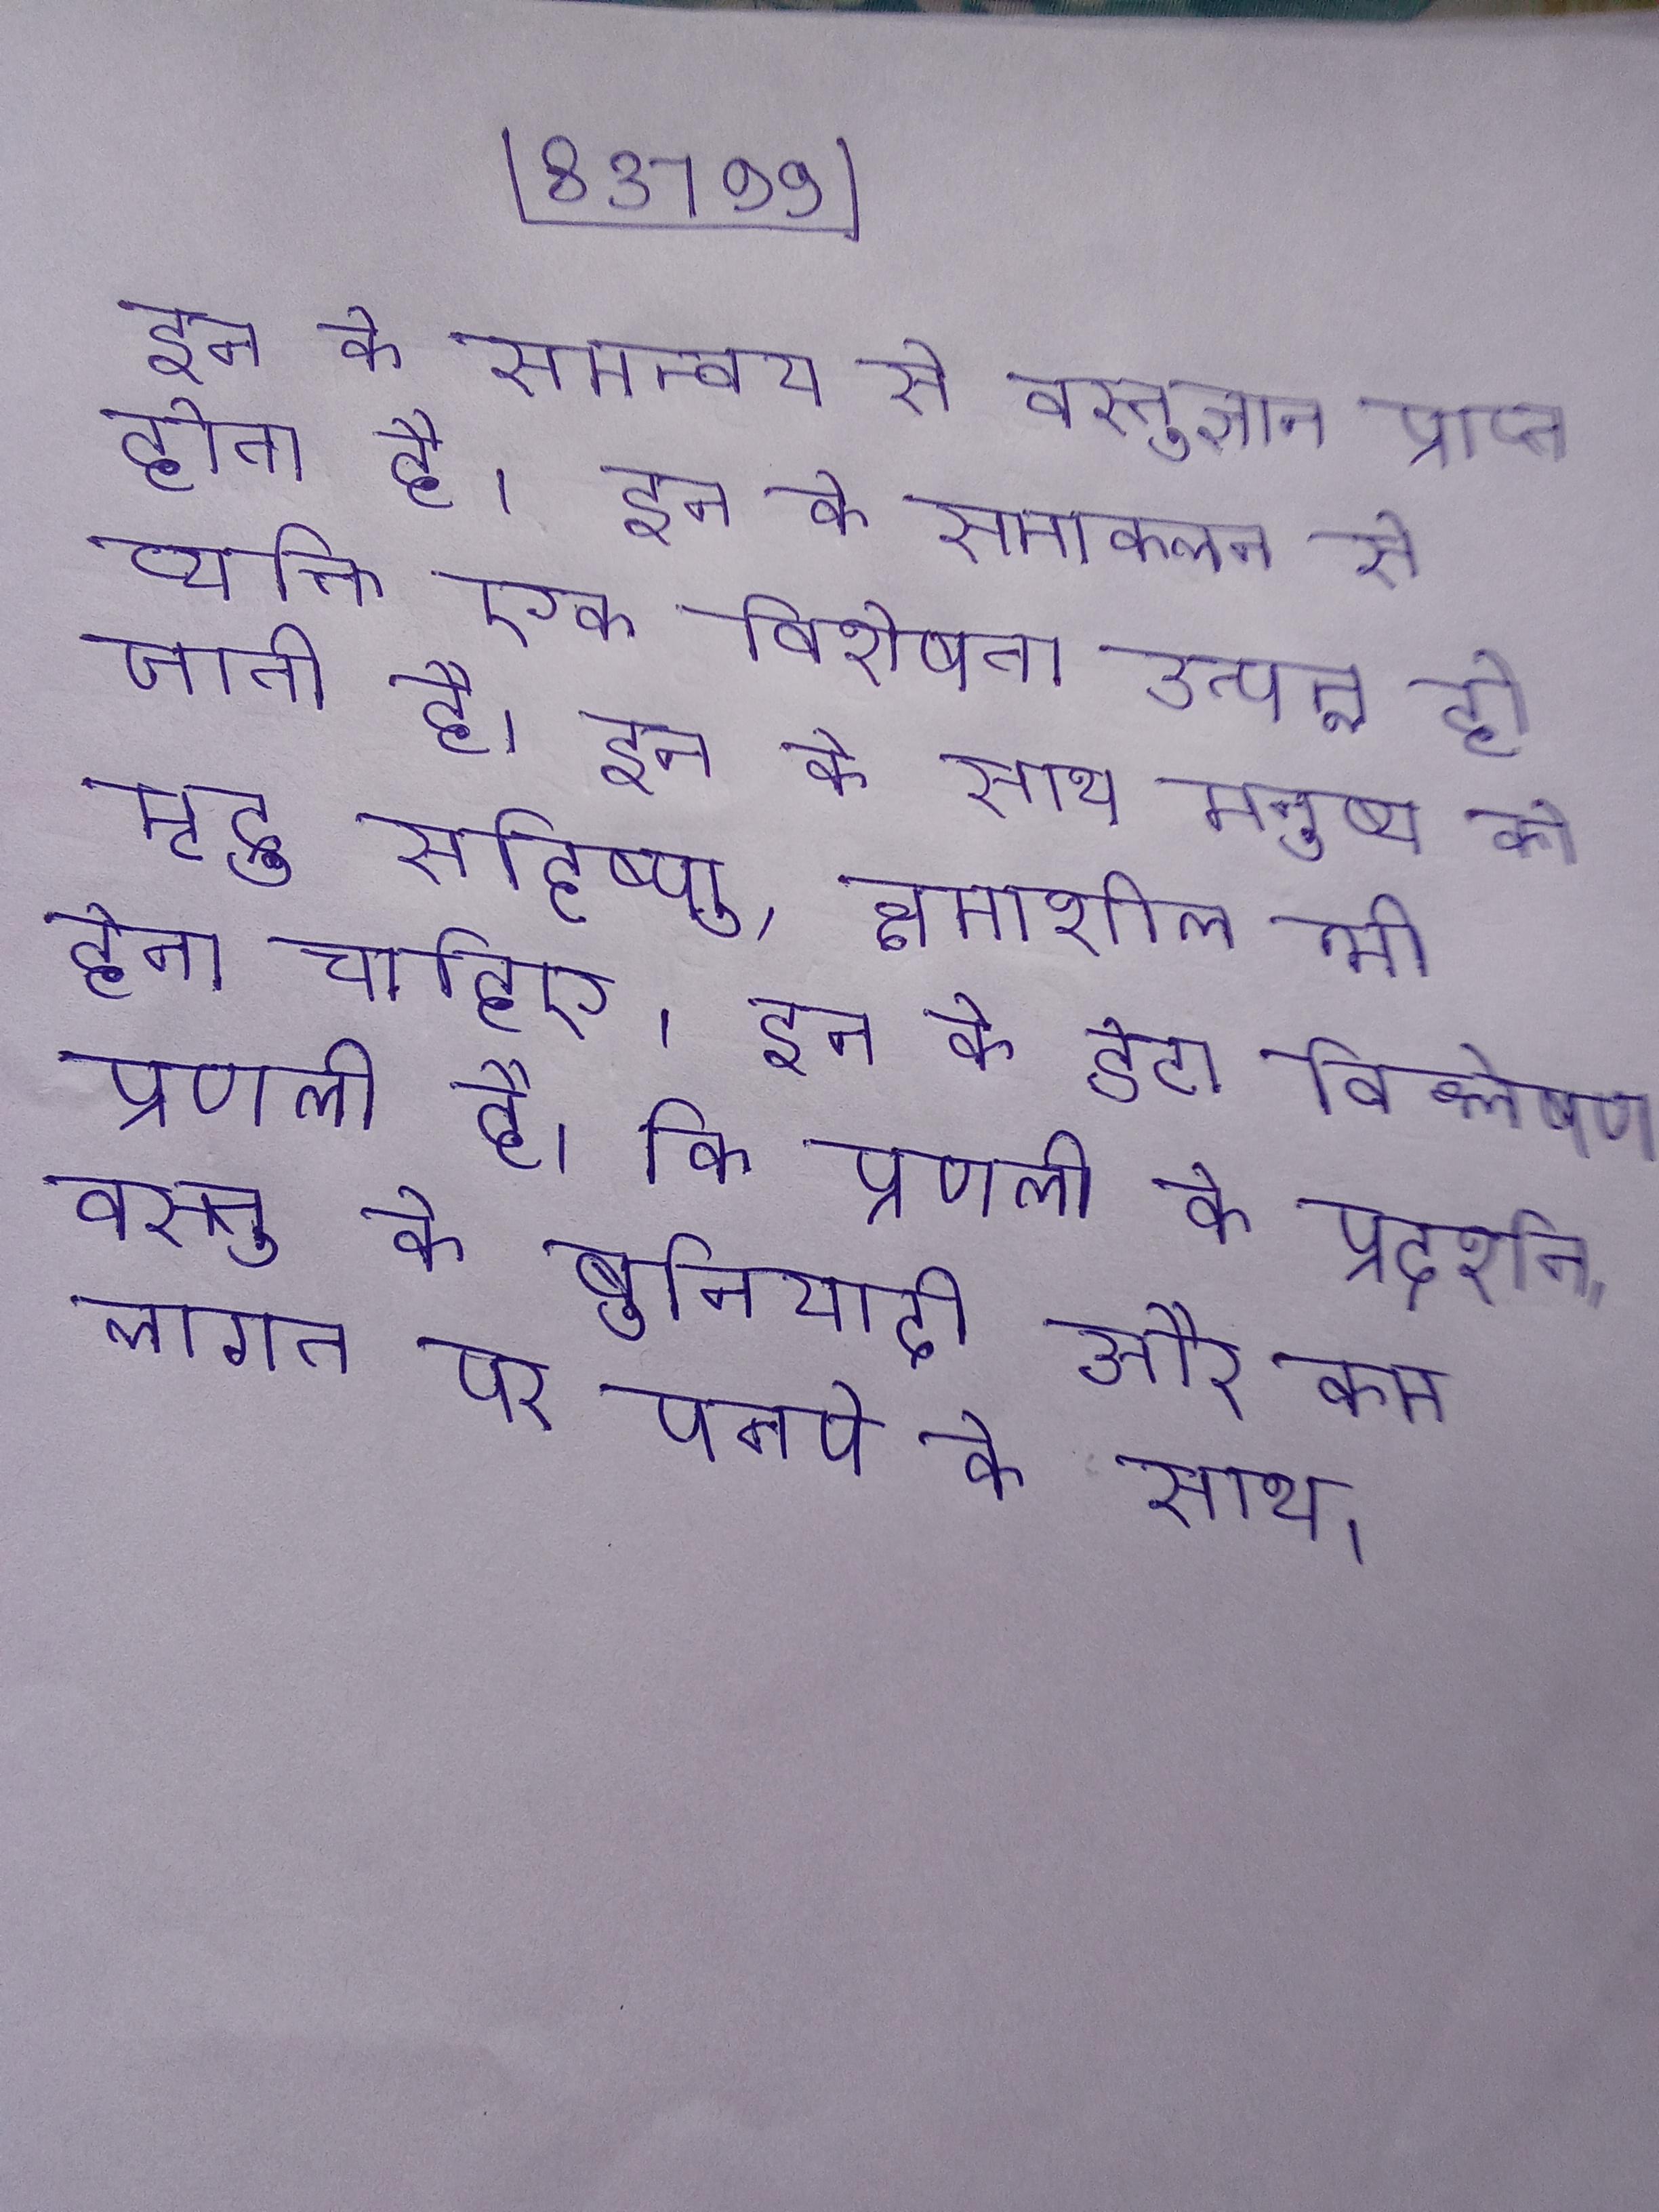
इन के समन्वय से वस्तुज्ञान प्राप्त होता है । इन के समाकलन से व्यक्ति एक विशेषता उत्पन्न हो जाती है । इन के साथ मनुष्य को मृदु, सहिष्णु, क्षमाशील भी होना चाहिए । इन को डेटा विश्लेषण प्रणाली है, कि प्रणाली के प्रदर्शन, वस्तु के बुनियादी और कम लागत पर पनपे के साथ ।